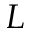
L